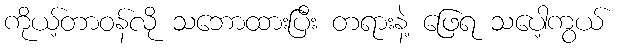
ကိုယ့်တာဝန်လို သဘောထားပြီး တရားနဲ့ ဖြေရ သပေါ့ကွယ်